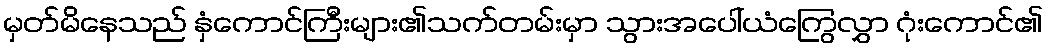
မှတ်မိနေသည် နှံကောင်ကြီးများ၏သက်တမ်းမှာ သွားအပေါ်ယံကြွေလွှာ ဂုံးကောင်၏